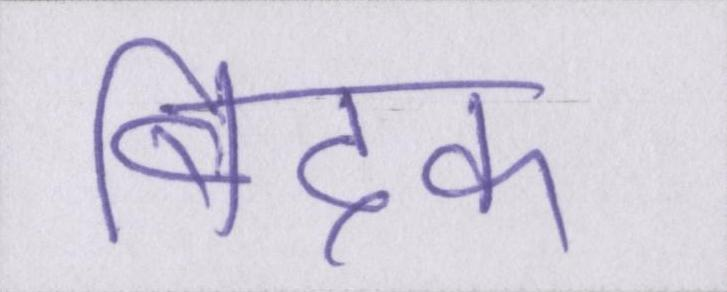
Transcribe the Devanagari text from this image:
बिदक